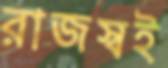
রাজস্বই